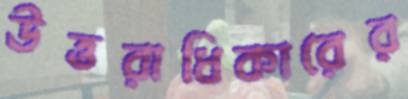
উত্তরাধিকারের